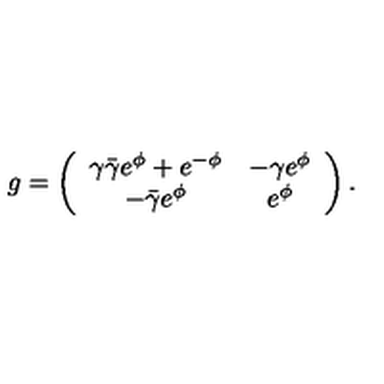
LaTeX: g = \left( \begin{array} { c c c } { \gamma \bar { \gamma } e ^ { \phi } + e ^ { - \phi } } & { - \gamma e ^ { \phi } } \\ { - \bar { \gamma } e ^ { \phi } } & { e ^ { \phi } } \\ \end{array} \right) .